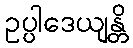
ဥပ္ပါဒေယျန္တိ